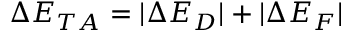
\Delta E _ { T A } = | \Delta E _ { D } | + | \Delta E _ { F } |